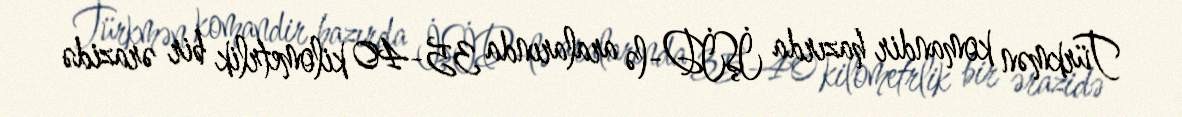
Türkmən komandir hazırda İŞİD-lə aralarında 35-40 kilometrlik bir ərazidə